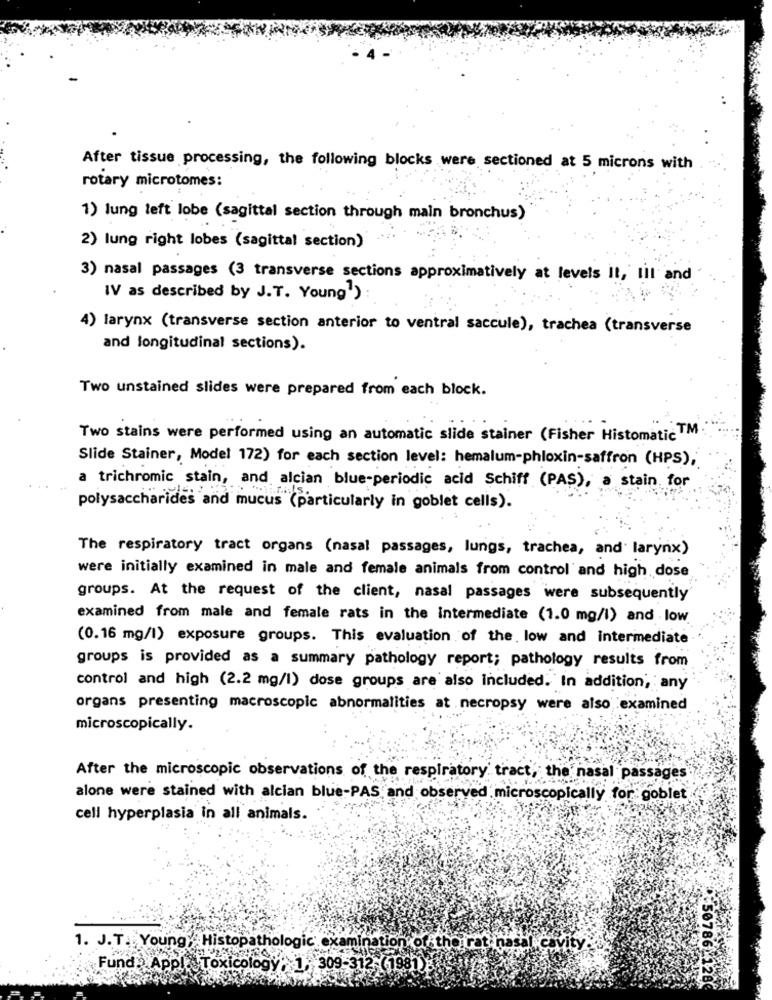
After tissue processing, the following blocks were sectioned at 5 microns with
rotary microtomes:
1) lung left lobe (sagittal section through main bronchus)
2) lung right lobes (sagittal section)
3) nasal passages (3 transverse sections approximatively at levels It, til and
IV as described by J.T. Young')
4) larynx (transverse section anterior to ventral saccule), trachea (transverse
and longitudinal sections).
Two unstained slides were prepared from each block.
Two stains were performed using an automatic slide stainer (Fisher Histomatic™M
Slide Stainer, Model 172) for each section level: hemalum-phloxin-saffron (HPS),
a trichromic stain, and alcian blue-periodic acid Schiff (PAS), a stain for
polysaccharides and mucus (particularly in goblet cells).
The respiratory tract organs (nasal passages, lungs, trachea, and larynx)
were initially examined in male and female animals from control and high dose
groups. At the request of the client, nasal passages were subsequently
examined from male and female rats in the intermediate (1.0 mg/l) and low
(0.16 mg/l) exposure groups. This evaluation of the. low and intermediate
groups is provided as a summary pathology report; pathology results from
control and high (2.2 mg/l) dose groups are also included. In addition, any
organs presenting macroscopic abnormalities at necropsy were also examined
microscopically.
After the microscopic observations of the respiratory tract, the nasal passages
alone were stained with alcian blue-PAS, and observed microscopically for goblet
cell hyperplasia in all animals.
1. J.T. Young, Histopathologic examination of tho rat nasal cavity
Fund. Appl Toxicology, 1, 309-312 (1981)